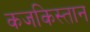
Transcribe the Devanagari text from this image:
कजकिस्तान